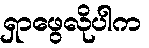
ရှာဖွေလိုပါက